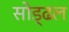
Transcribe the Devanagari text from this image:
सोड्ढल